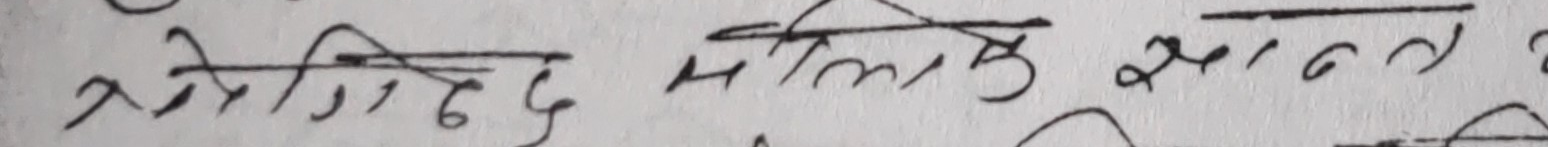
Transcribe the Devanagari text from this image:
मेरिगुद मिलो आनन्द